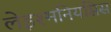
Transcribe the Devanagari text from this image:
लेइश्मनियसिस